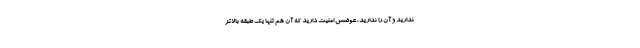
ندارید و آن را ندارید، عوضش امنیت دارید که آن هم تنها یک طبقه بالاتر